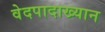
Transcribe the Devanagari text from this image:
वेदपादाख्यान